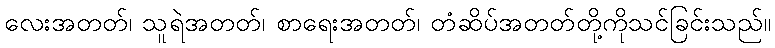
လေးအတတ်၊ သူရဲအတတ်၊ စာရေးအတတ်၊ တံဆိပ်အတတ်တို့ကိုသင်ခြင်းသည်။